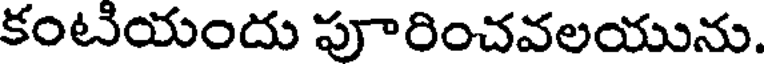
కంటియందు పూరించవలయును.